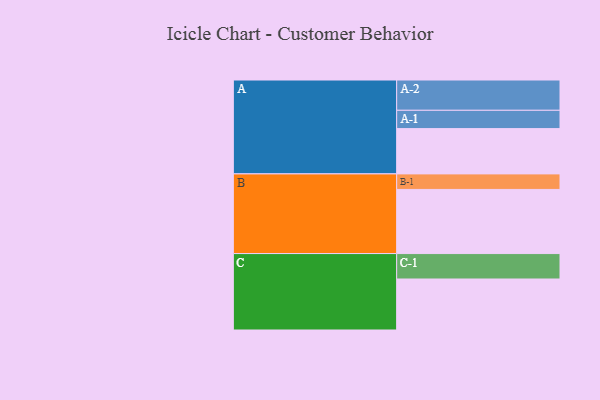
{"axis": {"x": "Segment", "y": "Value"}, "legend": ["", "A", "B", "C"], "data": [{"x": "A", "y": 420, "type": ""}, {"x": "B", "y": 595, "type": ""}, {"x": "C", "y": 473, "type": ""}, {"x": "A-1", "y": 170, "type": "A"}, {"x": "A-2", "y": 281, "type": "A"}, {"x": "B-1", "y": 144, "type": "B"}, {"x": "C-1", "y": 236, "type": "C"}]}